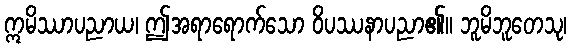
ဣမိဿာပညာယ၊ ဤအရာရောက်သော ဝိပဿနာပညာ၏။ ဘူမိဘူတေသု၊